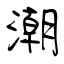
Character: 潮